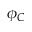
\phi _ { C }